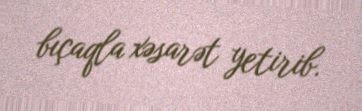
bıçaqla xəsarət yetirib.